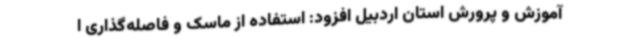
آموزش و پرورش استان اردبیل افزود: استفاده از ماسک و فاصله‌گذاری ا